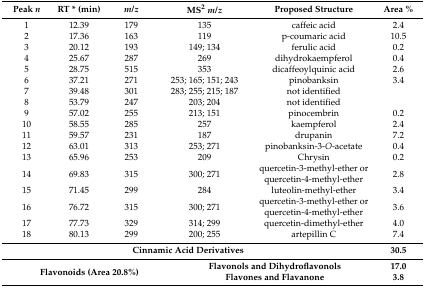
<table><thead><tr><td><b>Peak <i>n</i></b></td><td><b>RT * (min)</b></td><td><b><i>m</i>/<i>z</i></b></td><td colspan="2"><b>MS<sup>2</sup><i>m</i>/<i>z</i></b></td><td><b>Proposed Structure</b></td><td><b>Area %</b></td></tr></thead><tbody><tr><td>1</td><td>12.39</td><td>179</td><td colspan="2">135</td><td>caffeic acid</td><td>2.4</td></tr><tr><td>2</td><td>17.36</td><td>163</td><td colspan="2">119</td><td>p-coumaric acid</td><td>10.5</td></tr><tr><td>3</td><td>20.12</td><td>193</td><td colspan="2">149; 134</td><td>ferulic acid</td><td>0.2</td></tr><tr><td>4</td><td>25.67</td><td>287</td><td colspan="2">269</td><td>dihydrokaempferol</td><td>0.4</td></tr><tr><td>5</td><td>28.75</td><td>515</td><td colspan="2">353</td><td>dicaffeoylquinic acid</td><td>2.6</td></tr><tr><td>6</td><td>37.21</td><td>271</td><td colspan="2">253; 165; 151; 243</td><td>pinobanksin</td><td>3.4</td></tr><tr><td>7</td><td>39.48</td><td>301</td><td colspan="2">283; 255; 215; 187 </td><td>not identified</td><td></td></tr><tr><td>8</td><td>53.79</td><td>247</td><td colspan="2">203; 204</td><td>not identified</td><td></td></tr><tr><td>9</td><td>57.02</td><td>255</td><td colspan="2">213; 151</td><td>pinocembrin</td><td>0.2</td></tr><tr><td>10</td><td>58.55</td><td>285</td><td colspan="2">257</td><td>kaempferol</td><td>2.4</td></tr><tr><td>11</td><td>59.57</td><td>231</td><td colspan="2">187</td><td>drupanin</td><td>7.2</td></tr><tr><td>12</td><td>63.01</td><td>313</td><td colspan="2">253; 271</td><td>pinobanksin-3-<i>O</i>-acetate</td><td>0.4</td></tr><tr><td>13</td><td>65.96</td><td>253</td><td colspan="2">209</td><td>Chrysin</td><td>0.2</td></tr><tr><td>14</td><td>69.83</td><td>315</td><td colspan="2">300; 271</td><td>quercetin-3-methyl-ether or quercetin-4-methyl-ether</td><td>2.8</td></tr><tr><td>15</td><td>71.45</td><td>299</td><td colspan="2">284</td><td>luteolin-methyl-ether</td><td>3.4</td></tr><tr><td>16</td><td>76.72</td><td>315</td><td colspan="2">300; 271</td><td>quercetin-3-methyl-ether or quercetin-4-methyl-ether</td><td>3.6</td></tr><tr><td>17</td><td>77.73</td><td>329</td><td colspan="2">314; 299</td><td>quercetin-dimethyl-ether</td><td>4.0</td></tr><tr><td>18</td><td>80.13</td><td>299</td><td colspan="2">200; 255</td><td>artepillin C</td><td>7.4</td></tr><tr><td colspan="6"><b>Cinnamic Acid Derivatives</b></td><td><b>30.5</b></td></tr><tr><td rowspan="2" colspan="4"><b>Flavonoids (Area 20.8%)</b></td><td colspan="2"><b>Flavonols and Dihydroflavonols</b></td><td><b>17.0</b></td></tr><tr><td colspan="2"><b>Flavones and Flavanone</b></td><td><b>3.8</b></td></tr></tbody></table>